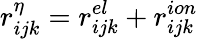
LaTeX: r_{ijk}^{\eta}=r_{ijk}^{el}+r_{ijk}^{ion}